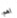
اهم